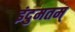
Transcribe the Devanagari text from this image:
इंदुमतम्